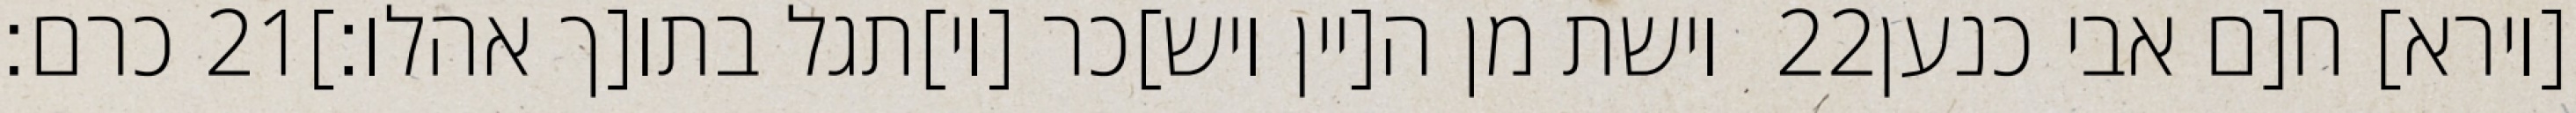
כרם׃ ‎21‏ וישת מן ה[יין ויש]כר [וי]תגל בתו[ך אהלו׃] ‎22‏ [וירא] ח[ם אבי כנען